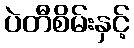
ပဲတီစိမ်းနှင့်